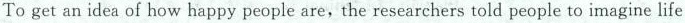
To get an idea of how happy people are, the researchers told people to imagine life